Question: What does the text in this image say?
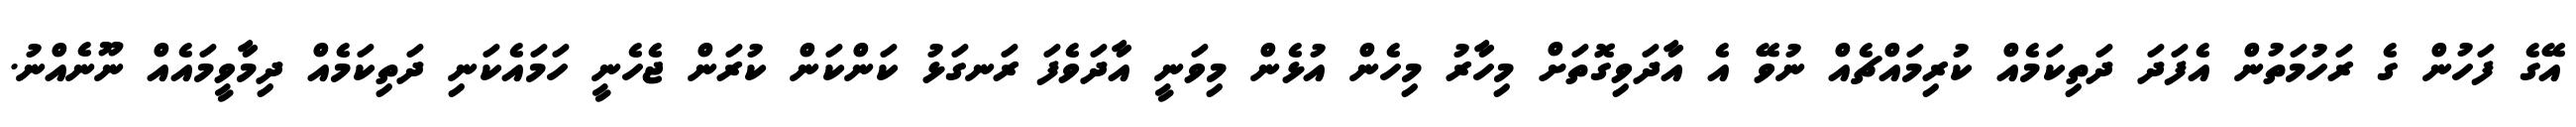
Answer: އޭގެ ފަހުން ގެ ރަހުމަތުން އެފަދަ ދަތިކަމެއް ކުރިމައްޗެއް ނުވޭ އެ އާދަވިގޮތަށް މިހާރު މިހެން އުޅެން މިވަނީ އާދަވެފަ ރަނގަޅު ކަންކަން ކުރަން ޖެހެނީ ހަމައެކަނި ދަތިކަމެއް ދިމާވީމައެއް ނޫނެއްނު.